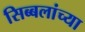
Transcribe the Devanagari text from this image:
सिब्बलांच्या